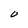
Character: O